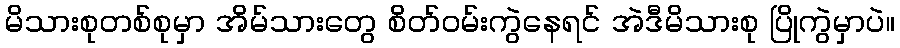
မိသားစုတစ်စုမှာ အိမ်သားတွေ စိတ်ဝမ်းကွဲနေရင် အဲဒီမိသားစု ပြိုကွဲမှာပဲ။